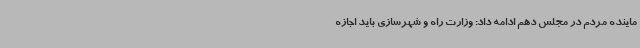
ماینده مردم در مجلس دهم ادامه داد: وزارت راه و شهرسازی باید اجازه